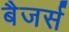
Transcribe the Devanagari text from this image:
बैजर्स